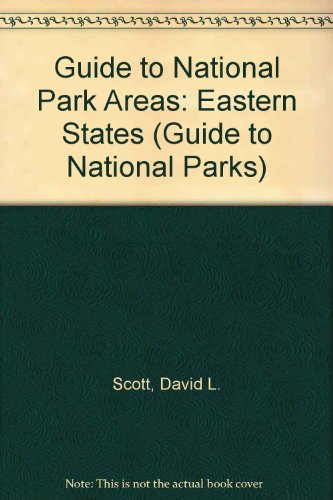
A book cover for Guide to the National Park Areas - Eastern States (4th ed); David Logan Scott; Travel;